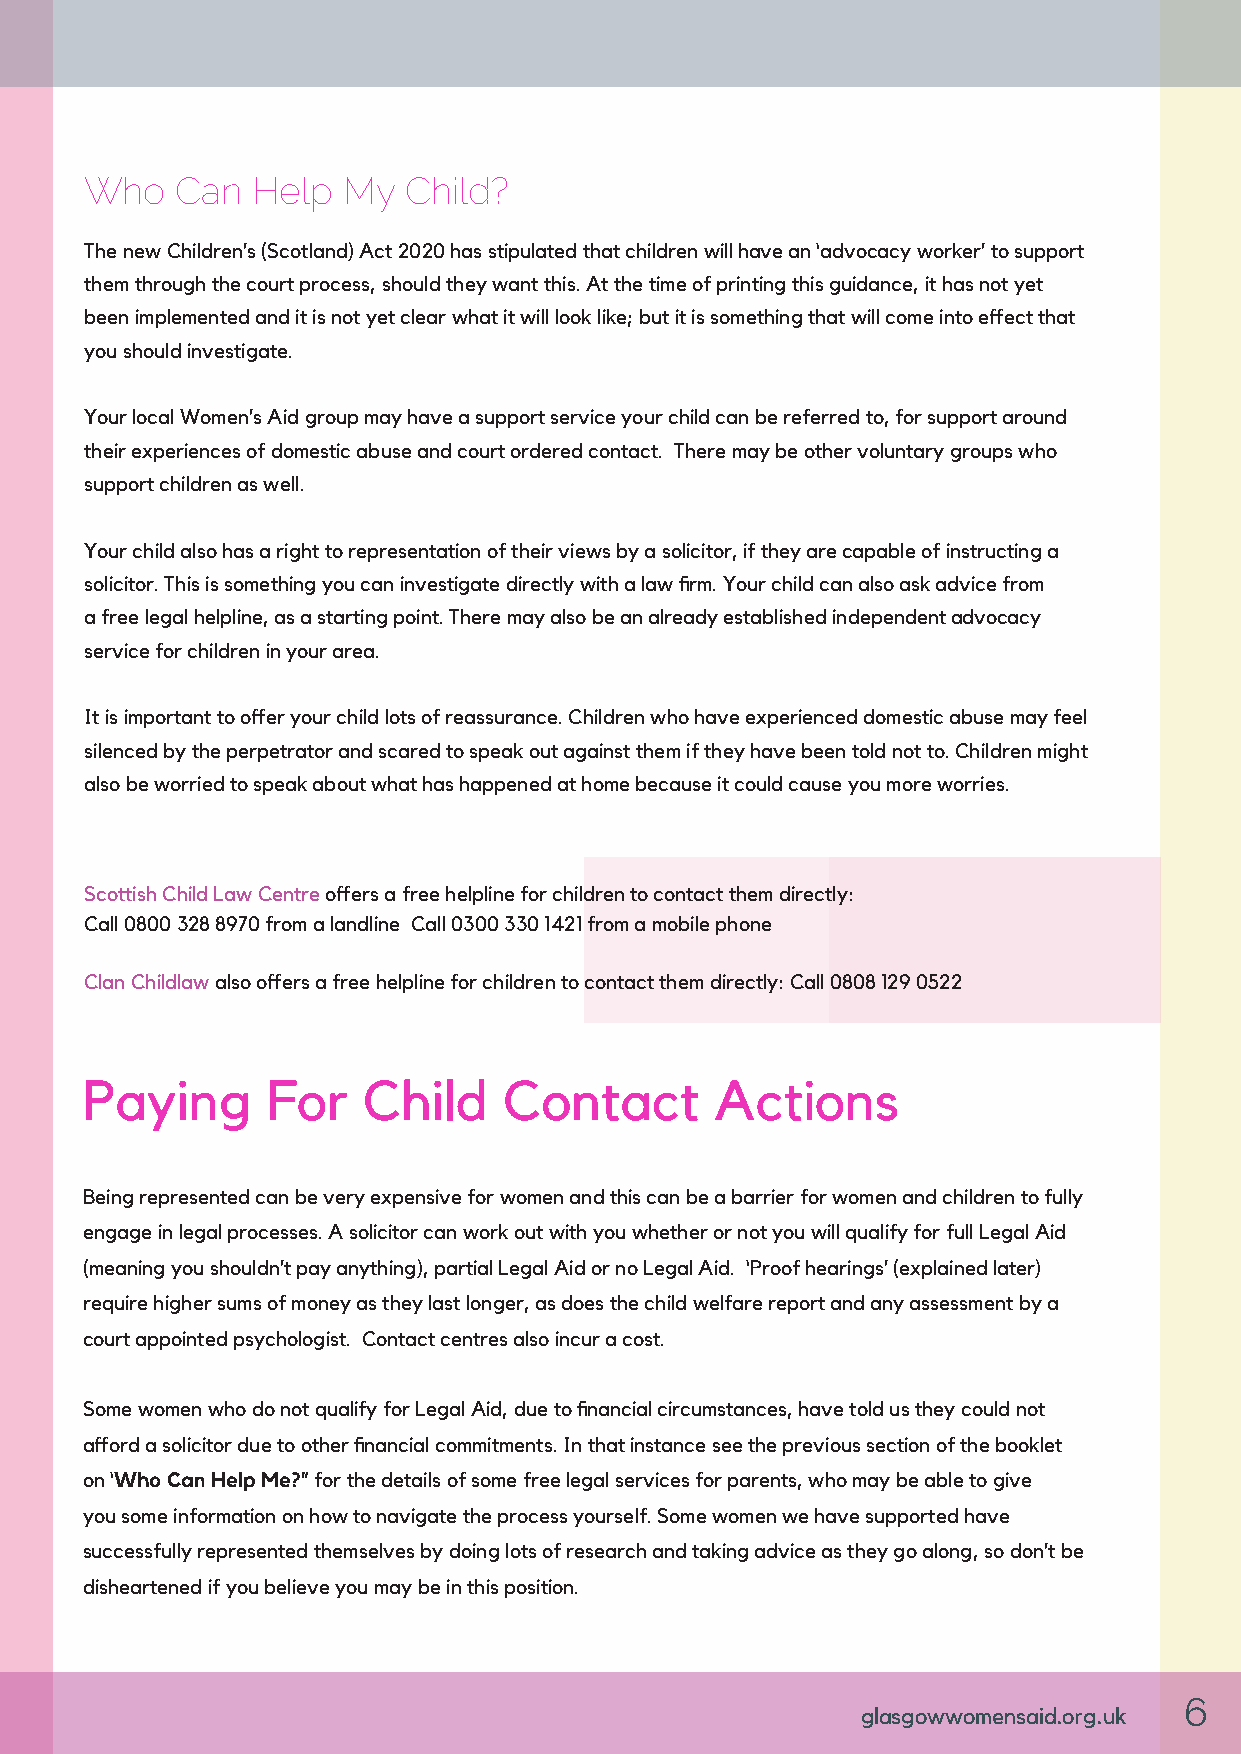
Who   Can  Help  My  Child?
 The new Children’s (Scotland) Act 2020 has stipulated that children will have an ‘advocacy worker’ to support
 them through the court process, should they want this. At the time of printing this guidance, it has not yet
 been implemented and it is not yet clear what it will look like; but it is something that will come into effect that
 you should investigate.
 Your local Women’s Aid group may have a support service your child can be referred to, for support around
 their experiences of domestic abuse and court ordered contact. There may be other voluntary groups who
 support children as well.
 Your child also has a right to representation of their views by a solicitor, if they are capable of instructing a
 solicitor. This is something you can investigate directly with a law firm. Your child can also ask advice from
 a free legal helpline, as a starting point. There may also be an already established independent advocacy
 service for children in your area.
 It is important to offer your child lots of reassurance. Children who have experienced domestic abuse may feel
 silenced by the perpetrator and scared to speak out against them if they have been told not to. Children might
 also be worried to speak about what has happened at home because it could cause you more worries.
 Scottish Child Law Centre offers a free helpline for children to contact them directly:
 Call 0800 328 8970 from a landline Call 0300 330 1421 from a mobile phone
 Clan Childlaw also offers a free helpline for children to contact them directly: Call 0808 129 0522
 Paying       For   Child    Contact       Actions
 Being represented can be very expensive for women and this can be a barrier for women and children to fully
 engage in legal processes. A solicitor can work out with you whether or not you will qualify for full Legal Aid
 (meaning you shouldn’t pay anything), partial Legal Aid or no Legal Aid. ‘Proof hearings’ (explained later)
 require higher sums of money as they last longer, as does the child welfare report and any assessment by a
 court appointed psychologist. Contact centres also incur a cost.
 Some women who do not qualify for Legal Aid, due to financial circumstances, have told us they could not
 afford a solicitor due to other financial commitments. In that instance see the previous section of the booklet
 on ‘Who Can Help Me?” for the details of some free legal services for parents, who may be able to give
 you some information on how to navigate the process yourself. Some women we have supported have
 successfully represented themselves by doing lots of research and taking advice as they go along, so don’t be
 disheartened if you believe you may be in this position.
 6
 glasgowwomensaid.org.uk